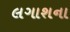
લગાશના